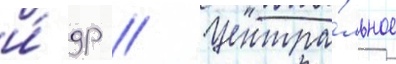
и́ др // Центра́льное